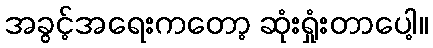
အခွင့်အရေးကတော့ ဆုံးရှုံးတာပေါ့။